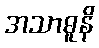
အသာဓူနိ